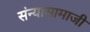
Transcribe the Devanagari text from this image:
संन्यासामाजीं